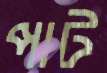
পাট